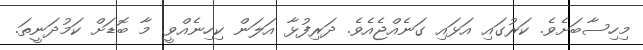
މިހިސާބަށެވެ. ކަރުގައި އަޅައި ގަނެއްޖެއެވެ. ދަރިފުޅާ އަލަން ކިހިނެއްވީ. މާ ބޮޑަށް ކަމުދަނީތަ.